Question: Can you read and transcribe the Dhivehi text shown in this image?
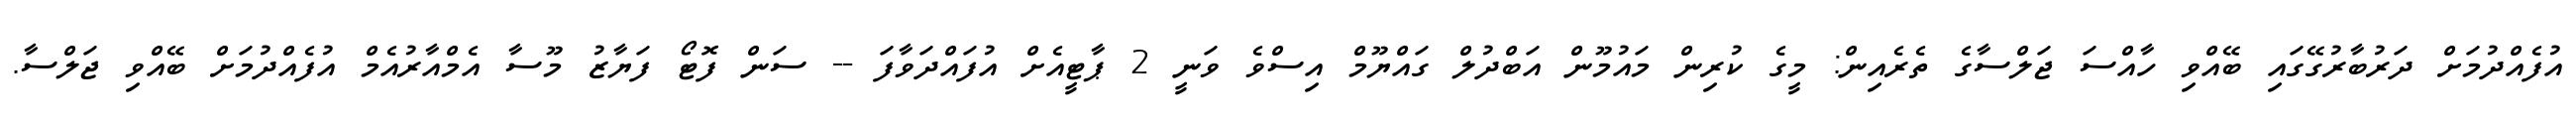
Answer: އުފެއްދުމަށް ދަރުބާރުގޭގައި ބޭއްވި ހާއްސަ ޖަލްސާގެ ތެރެއިން: މީގެ ކުރިން މައުމޫން އަބްދުލް ގައްޔޫމް އިސްވެ ވަނީ 2 ޕާޓީއެށް އުފައްދަވާފަ -- ސަން ފޮޓޯ ފަޔާޒު މޫސާ އެމްއާރުއެމް އުފެއްދުމަށް ބޭއްވި ޖަލްސާ.